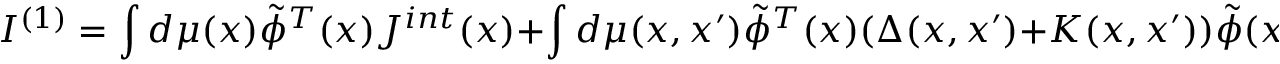
I ^ { ( 1 ) } = \int d \mu ( x ) \tilde { \phi } ^ { T } ( x ) J ^ { i n t } ( x ) + \int d \mu ( x , x ^ { \prime } ) \tilde { \phi } ^ { T } ( x ) ( \Delta ( x , x ^ { \prime } ) + K ( x , x ^ { \prime } ) ) \tilde { \phi } ( x ^ { \prime } ) + I ^ { ( 3 ) } ,